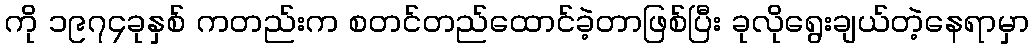
ကို ၁၉၇၄ခုနှစ် ကတည်းက စတင်တည်ထောင်ခဲ့တာဖြစ်ပြီး ခုလိုရွေးချယ်တဲ့နေရာမှာ